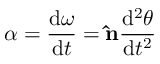
{ \boldsymbol { \alpha } } = { \frac { \mathrm { { d } } { \boldsymbol { \omega } } } { \mathrm { { d } } t } } = \mathbf { \hat { n } } { \frac { \mathrm { { d } } ^ { 2 } \theta } { \mathrm { { d } } t ^ { 2 } } }